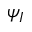
\psi _ { I }